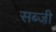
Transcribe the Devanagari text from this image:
सब्जी़